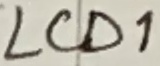
Text: LCD1